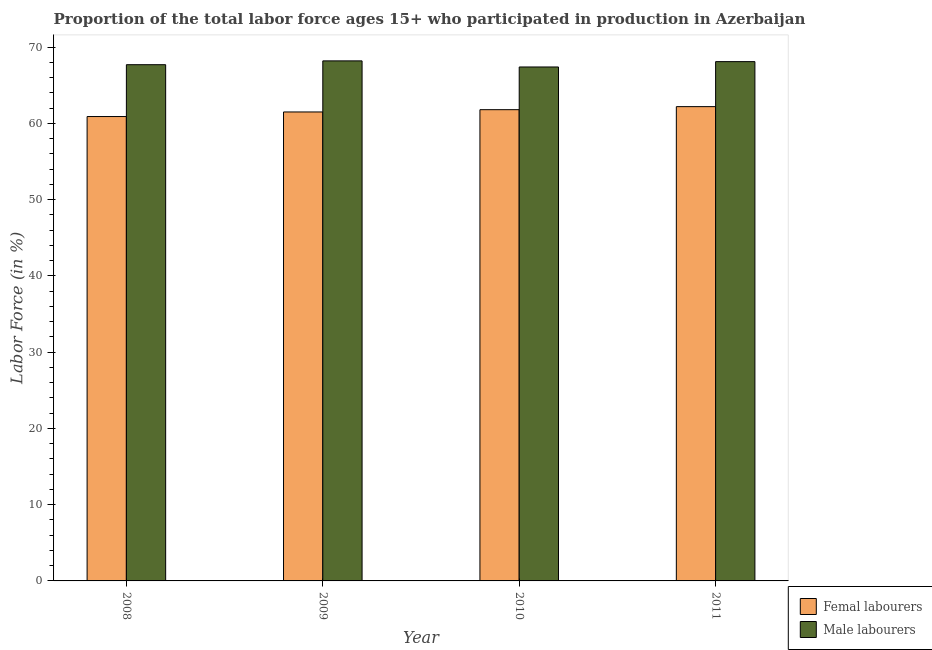
| Year | Femal labourers | Male labourers |
 | --- | --- | --- |
 | 2008 | 60.9 | 67.7 |
 | 2009 | 61.5 | 68.2 |
 | 2010 | 61.8 | 67.4 |
 | 2011 | 62.2 | 68.1 |